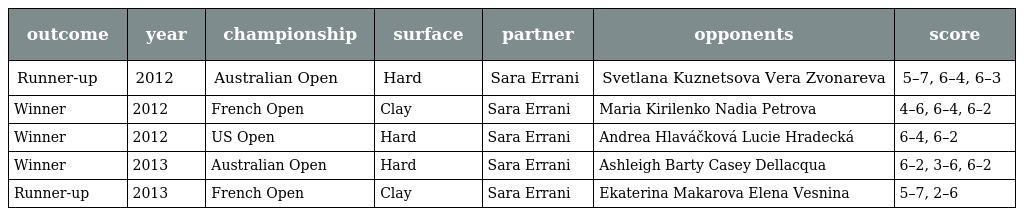
| outcome | year | championship | surface | partner | opponents | score |
 | --- | --- | --- | --- | --- | --- | --- |
 | Runner-up | 2012 | Australian Open | Hard | Sara Errani | Svetlana Kuznetsova Vera Zvonareva | 5–7, 6–4, 6–3 |
 | Winner | 2012 | French Open | Clay | Sara Errani | Maria Kirilenko Nadia Petrova | 4–6, 6–4, 6–2 |
 | Winner | 2012 | US Open | Hard | Sara Errani | Andrea Hlaváčková Lucie Hradecká | 6–4, 6–2 |
 | Winner | 2013 | Australian Open | Hard | Sara Errani | Ashleigh Barty Casey Dellacqua | 6–2, 3–6, 6–2 |
 | Runner-up | 2013 | French Open | Clay | Sara Errani | Ekaterina Makarova Elena Vesnina | 5–7, 2–6 |